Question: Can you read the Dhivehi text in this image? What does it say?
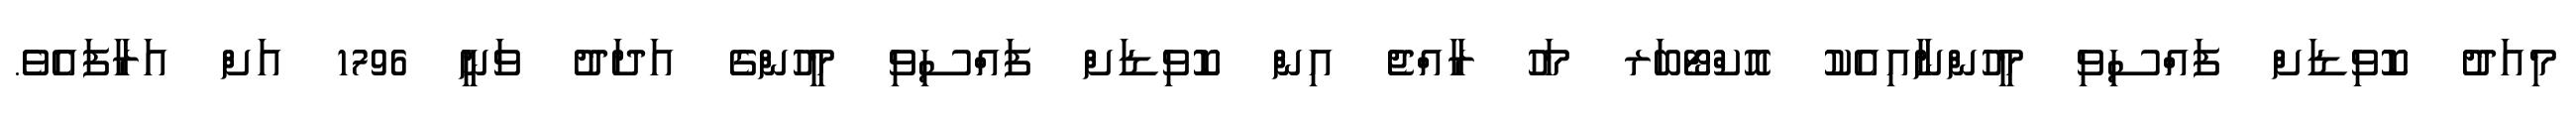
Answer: މިއަދު ކޮވިޑަށް ފައްސިވި މީހުންނާއިއެކު އޮކްޓޯބަރ މަހު ރާއްޖެ އިން ކޮވިޑަށް ފައްސިވި މީހުންގެ އަދަދު ވަނީ 1796 އަށް އަރާފައެވެ.